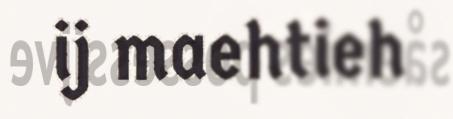
ij maehtieh